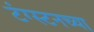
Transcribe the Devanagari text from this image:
टंग्स्टनच्या